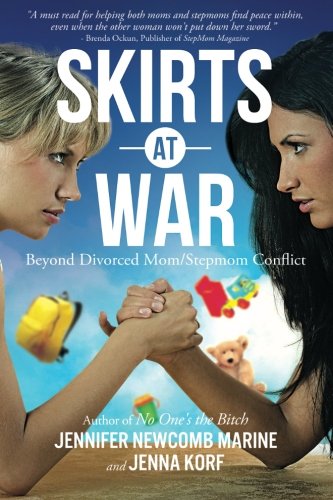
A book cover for Skirts At War: Beyond Divorced Mom/Stepmom Conflict; Jennifer Newcomb Marine; Parenting & Relationships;